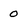
Character: 0